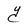
Character: Y